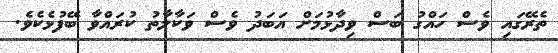
ތެރޭގައި ވެސް ހައްގު ބަސް ވިދާޅުމަށް އަބަދު ވެސް ވަކާލާތު ކުރައްވާ ބޭފުޅެކެވެ.